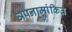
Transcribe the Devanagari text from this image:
अपनामांकित